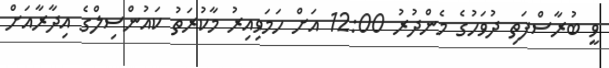
ވީ ބުރާސްފަތި ދުވަހުގެ މެންދުރު 12:00 އަށް ހަމަވިއިރު މާކުރަތު ކައުންސިލްގެ އިދާރާއަށް